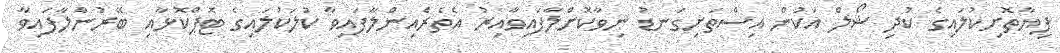
ފިޔާތޮށިކުލައިގެ ކުދި ޝޯލް އަކުން އިސްތަށިގަނޑު ނިވާކޮށްލާފައިވާއިރު އެތެރެއިންލާފައިވާ ކުލަކުލައިގެ ޓޮޕްކޮޅާއި ބޭރުންލާފައިވާ